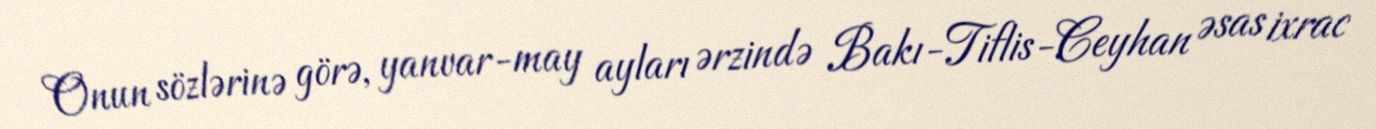
Onun sözlərinə görə, yanvar-may ayları ərzində Bakı-Tiflis-Ceyhan əsas ixrac